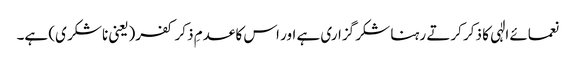
نعمائے الٰہی کا ذکر کرتے رہنا شکر گزاری ہے اور اس کا عدمِ ذکر کفر(یعنی ناشکر ی) ہے۔